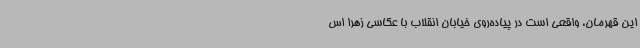
این قهرمان، واقعی است در پیاده‌روی خیابان انقلاب با عکاسی زهرا اس